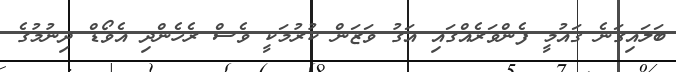
ބަލައިގަނެ ޤައުމީ ފެންވަރެއްގައި އަގު ވަޒަން ކުރުމަކީ ވެސް ރެހެންދި އެވޯޑް ދިނުމުގެ